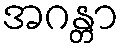
အဂန္တာ